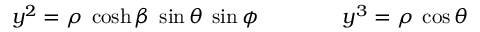
y ^ { 2 } = \rho \; \cosh \beta \; \sin \theta \; \sin \phi \qquad \qquad y ^ { 3 } = \rho \; \cos \theta